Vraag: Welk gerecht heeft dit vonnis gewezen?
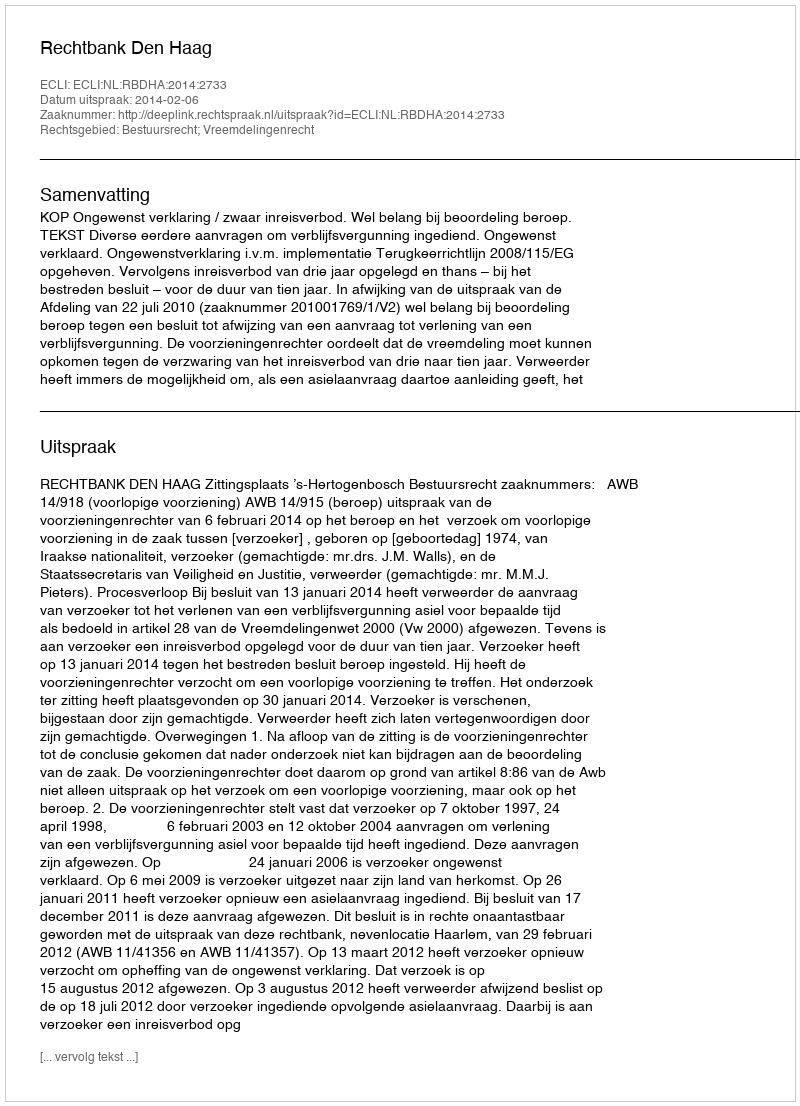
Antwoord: Rechtbank Den Haag